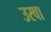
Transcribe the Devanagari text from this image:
उरवा